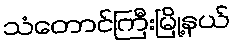
သံတောင်ကြီးမြို့နယ်